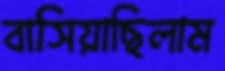
বাসিয়াছিলাম